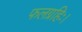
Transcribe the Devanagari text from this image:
फलग्रहिः।